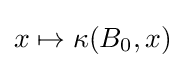
x\mapsto \kappa (B_{0},x)